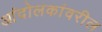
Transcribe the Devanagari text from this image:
आंदोलकांवरील